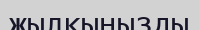
жылқыңызды